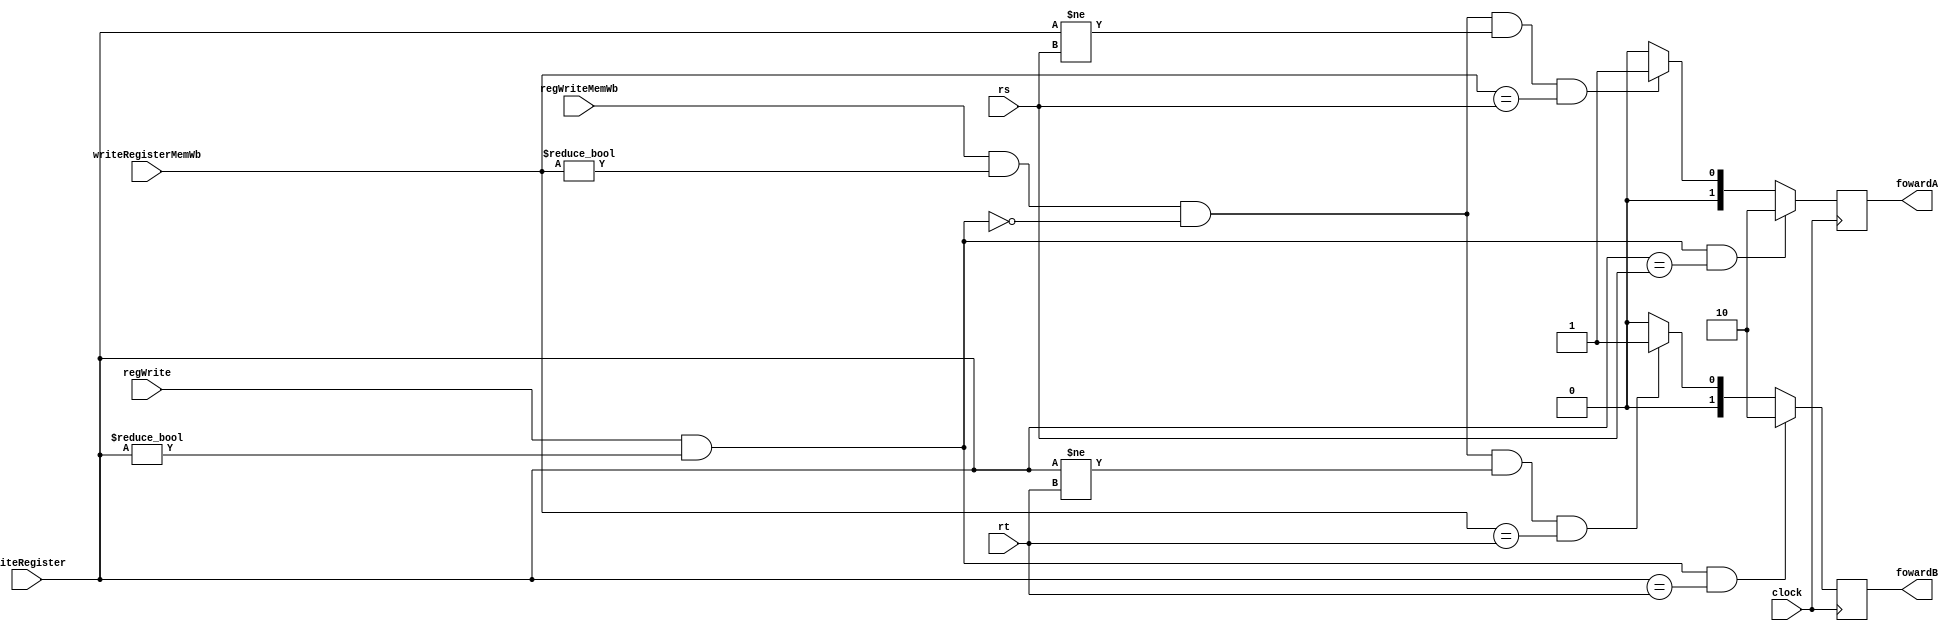
module fowarding(
  input wire clock,

  // INPUTS
  input wire [4:0] rs,
  input wire [4:0] rt,

  // EX/MEM
  input wire [4:0] writeRegister, // registerRD
  input wire regWrite,

  // MEM/WB
  input wire [4:0] writeRegisterMemWb, // registerRD
  input wire regWriteMemWb,

  // OUTPUTS
  output reg [1:0] fowardA,
  output reg [1:0] fowardB
);

  initial begin
    fowardA <= 0;
    fowardB <= 0;
  end

  always @(posedge clock) begin

    // Foward EX
    if (regWrite && (writeRegister != 0) && (writeRegister == rs))
      fowardA <= 2'b10;
    else if (regWriteMemWb && (writeRegisterMemWb != 0) && !(regWrite && (writeRegister != 0)) && (writeRegister != rs) && (writeRegisterMemWb == rs))
      fowardA <= 2'b01;
    else
      fowardA <= 2'b00;


    // Foward MEM
    if (regWrite && (writeRegister != 0) && (writeRegister == rt))
      fowardB <= 2'b10;
    else if (regWriteMemWb && (writeRegisterMemWb != 0) && !(regWrite && (writeRegister != 0)) && (writeRegister != rt) && (writeRegisterMemWb == rt))
      fowardB <= 2'b01;
    else
      fowardB <= 2'b00;
  end

endmodule